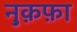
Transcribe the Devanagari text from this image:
नु़क़फ़ा